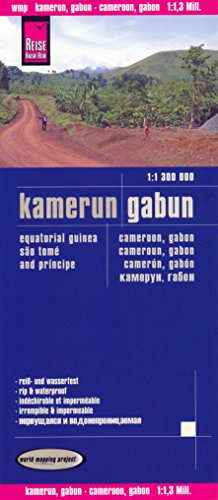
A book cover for Cameroon, Gabon, Equatorial Guinea 1:1,300,000 Travel Map, waterproof, REISE; Reise Knowhow; Travel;